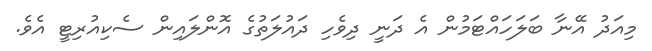
މިއަދު އޭނާ ބަލަހައްޓަމުން އެ ދަނީ ދިވެހި ދައުލަތުގެ އޮންލައިން ސެކިއުރިޓީ އެވެ.